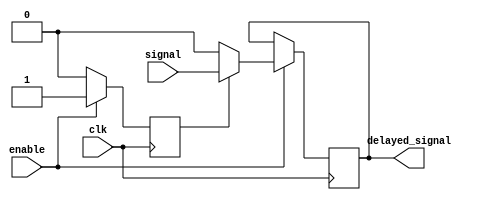
module TransmissionGateDelay (
    input wire enable,
    input wire clk,
    input wire signal,
    output reg delayed_signal
);

reg transmission_gate;

always @(posedge clk) begin
    if (enable) begin
        transmission_gate <= 1'b1;
        delayed_signal <= transmission_gate ? signal : 1'b0;
    end else begin
        transmission_gate <= 1'b0;
    end
end

endmodule